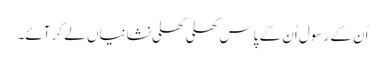
اُن کے رسول اُن کے پاس کھلی کھلی نشانیاں لے کر آئے۔